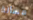
مسألة